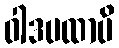
ဝါဒပထာပိ